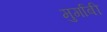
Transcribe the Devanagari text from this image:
मुर्गाबी